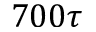
7 0 0 \tau